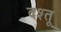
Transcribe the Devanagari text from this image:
दश्तू